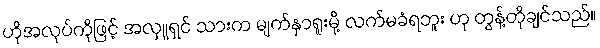
ဟိုအလုပ်ကိုဖြင့် အလှူရှင် သားက မျက်နှာရူးမို့ လက်မခံရဘူး ဟု တွန့်တိုချင်သည်။